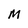
Character: M